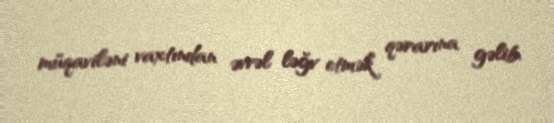
müqaviləni vaxtından əvvəl ləğv etmək qərarına gəlib.